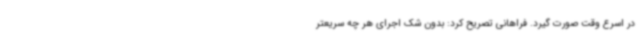
در اسرع وقت صورت گیرد. فراهانی تصریح کرد: بدون شک اجرای هر چه سریعتر